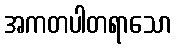
အကတပါတရာသော